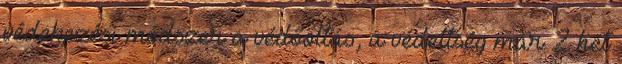
védekezési módszer a védőoltás, a védettség már 2 hét